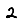
Digit: 2